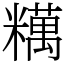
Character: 䊪